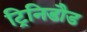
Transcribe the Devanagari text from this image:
ट्रिनिडौड